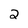
Character: 2